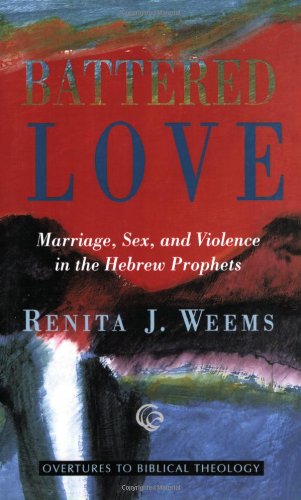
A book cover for Battered Love (Overtures to Biblical Theology); Renita Weems; Religion & Spirituality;